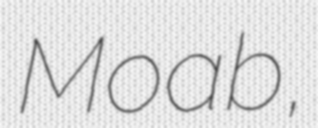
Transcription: Moab,